Annual statistical returns and brief notes on vaccination in Bengal - 1887-1898
Year: 1887
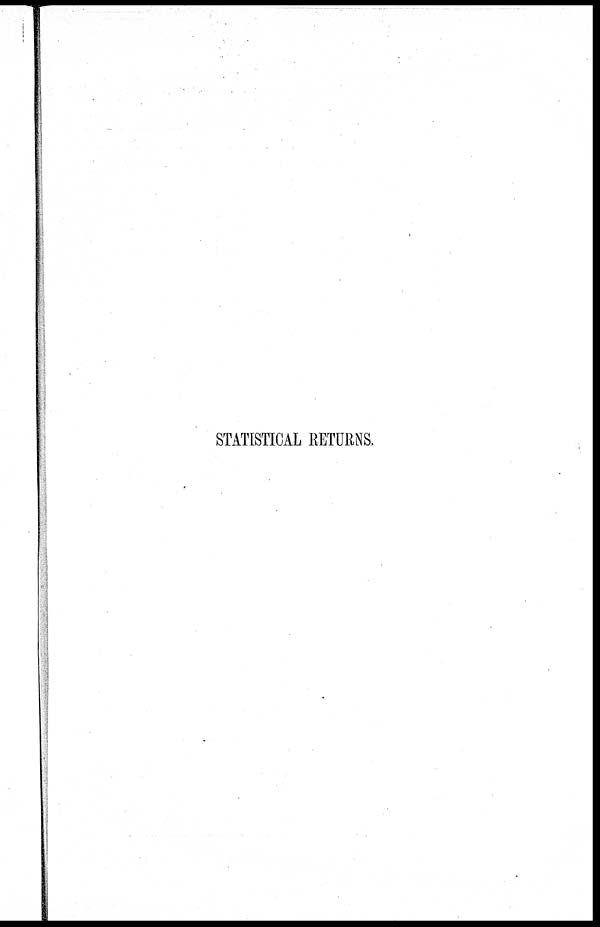
STATISTICAL RETURNS.